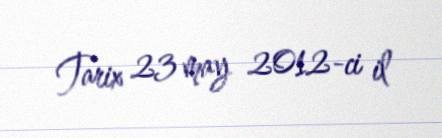
Tarix 23 may 2012-ci il